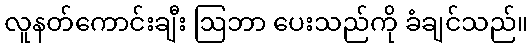
လူနတ်ကောင်းချီး ဩဘာ ပေးသည်ကို ခံချင်သည်။